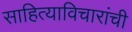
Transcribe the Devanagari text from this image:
साहित्याविचारांची